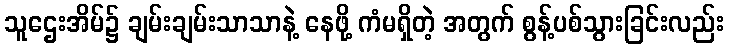
သူဌေးအိမ်၌ ချမ်းချမ်းသာသာနဲ့ နေဖို့ ကံမရှိတဲ့ အတွက် စွန့်ပစ်သွားခြင်းလည်း